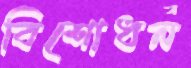
বিশোধন